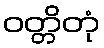
ဝတ္တိတုံ